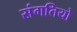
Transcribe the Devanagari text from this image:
संगतियो